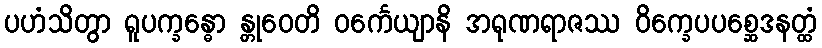
ပဟံသိတွာ ရူပက္ခန္ဓော န္တုဝေတိ ဝင်္ကေယျာနိ အရုဏရာဇဿ ဝိက္ခေပပစ္ဆေဒနတ္ထံ